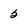
Character: 5